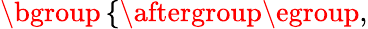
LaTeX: \begin{array}{r}{\mathopen{}\mathclose\bgroup\left\{ \begin{array}{rl}\end{array}\aftergroup\egroup\right.,}\end{array}